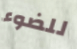
للضوء